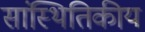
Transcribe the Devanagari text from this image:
सांस्थितिकीय